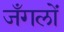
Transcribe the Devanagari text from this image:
जँगलों